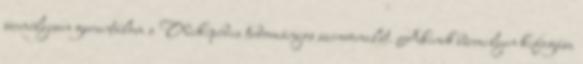
személyesen garantálom a Wikipédia tudományos színvonalát. Akinek bármilyen kifogása